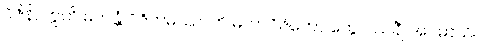
ဝိဇိနိ, ဣတိ မဟန္တံ ဝိဇိတမဿာတိ မဟာဝိဇိတော တွေဝ သင်္ချံ အဂမာသိ။